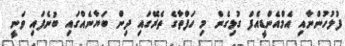
ފުލުހުންނާއި އެމްއެންޑީއެފް ގުޅިގެން މި ހަފްތާގެ ތެރޭގައި ދިން ބަޔާނެއްގައި ބުނެފައި ވަނީ